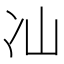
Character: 𭂈